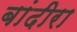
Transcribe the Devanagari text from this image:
बांदीरा